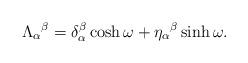
LaTeX: \begin{align*}\Lambda_{\alpha}{}^{\beta}=\delta^{\beta}_{\alpha}\cosh\omega + \eta_{ \alpha}{}^{\beta}\sinh\omega .\end{align*}